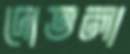
দোতলা